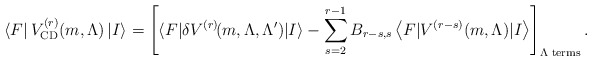
\begin{align*}\left<F \right| V^{(r)}_{\mathrm{CD}}(m,\Lambda) \left| I \right> = \left[ \langle F\vert\delta V^{(r)}\hspace{-.07cm}(m,\Lambda,\Lambda^{\prime})\vert I\rangle - \sum_{s=2}^{r-1} B_{r-s,s}\left<F \vert V^{(r-s)}(m,\Lambda) \vert I \right>\right]_{\Lambda \hspace{.1cm}\mathrm{terms}} .\end{align*}